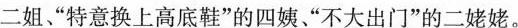
二姐、”特意换上高底鞋”的四姨、”不大出门”的二姥姥。